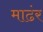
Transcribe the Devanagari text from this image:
माढंर